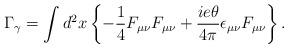
LaTeX: \begin{align*}\Gamma_\gamma=\int d^2 x \left\{ -\frac{1}{4} F_{\mu\nu}F_{\mu\nu}+\frac{ie\theta}{4\pi}\epsilon_{\mu\nu} F_{\mu\nu}\right\}.\end{align*}